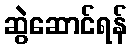
ဆွဲဆောင်ရန်